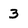
Character: 3